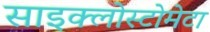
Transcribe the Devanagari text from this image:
साइक्लोस्टोमेटा